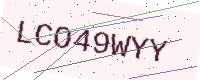
Text: LCO49WYY